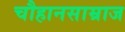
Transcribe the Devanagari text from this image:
चौहानसाम्राज